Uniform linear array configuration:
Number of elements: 64
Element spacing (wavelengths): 0.25
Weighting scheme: hann
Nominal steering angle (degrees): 0
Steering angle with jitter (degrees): -0.4248
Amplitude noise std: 0.05
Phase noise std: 0.05

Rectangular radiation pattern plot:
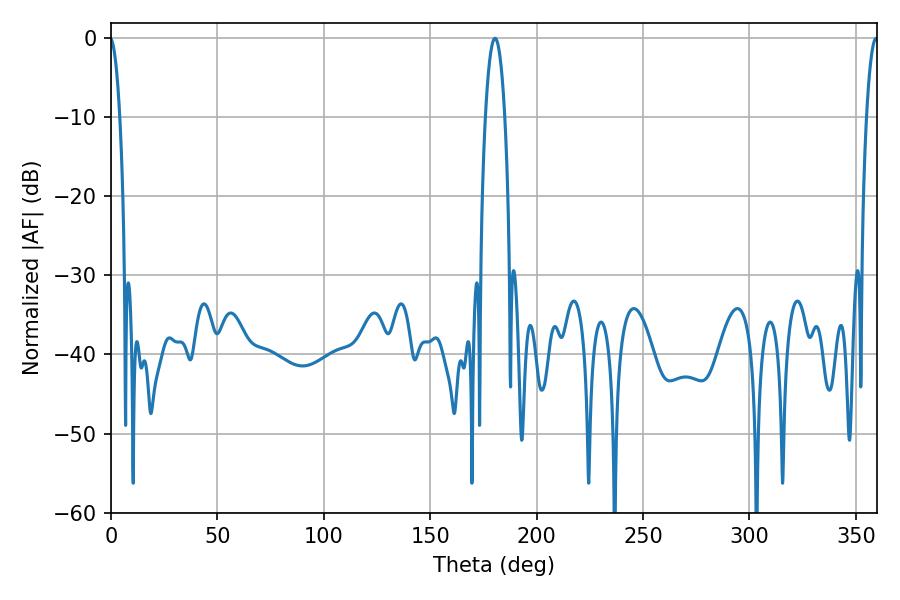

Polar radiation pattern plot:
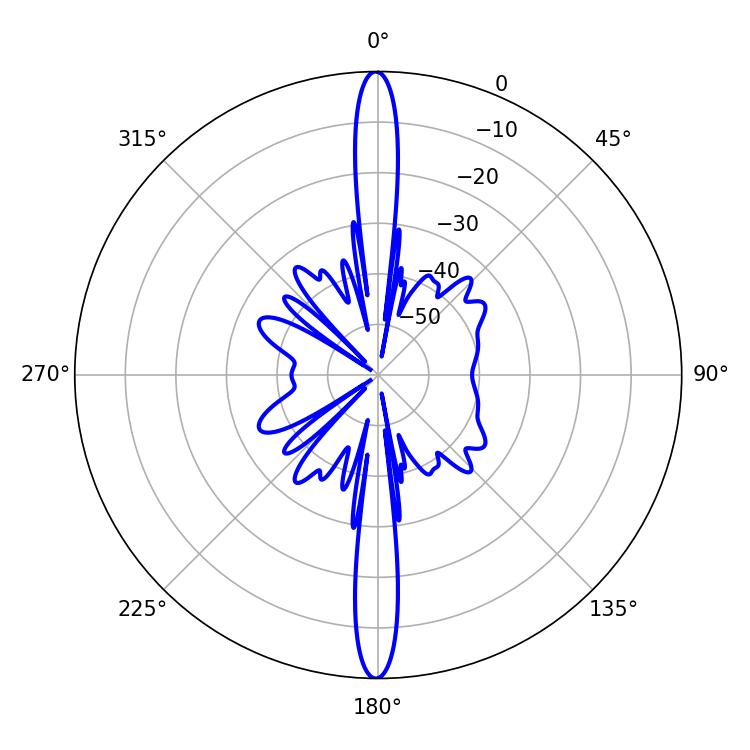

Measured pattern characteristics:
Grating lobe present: FALSE
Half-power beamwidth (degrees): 5.22
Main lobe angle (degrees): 180.36